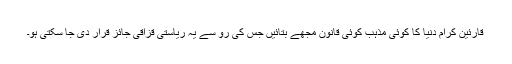
قارئین کرام دنیا کا کوئی مذہب کوئی قانون مجھے بتائیں جس کی رو سے یہ ریاستی قزاقی جائز قرار دی جا سکتی ہو۔